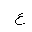
Letter: _ayn